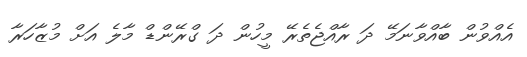
އެއްވުން ބާއްވާނަމޭ ދަ ރާއްޖެތެރޭ މީހުން ދަ ގްރޭންޑް މާލެ އަށް މުޒާހަރާ